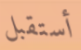
أستقبل